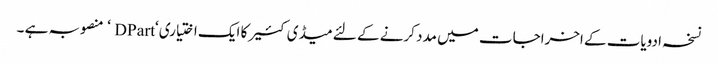
نسخہ ادویات کے اخراجات میں مدد کرنے کے لئے میڈی کئیر کا ایک اختیاری ‘DPart ‘ منصوبہ ہے ۔